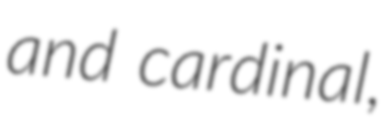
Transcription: and cardinal,